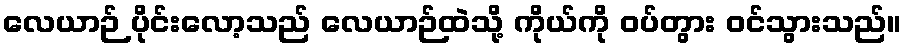
လေယာဉ် ပိုင်းလော့သည် လေယာဉ်ထဲသို့ ကိုယ်ကို ဝပ်တွား ဝင်သွားသည်။